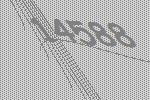
14588